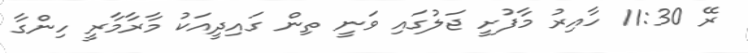
ރޭ 11:30 ހާއިރު މާފުށީ ޖަލުގައި ވަނީ ތިން ގައިދީއަކު މާރާމާރީ ހިންގާ